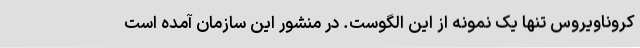
کروناویروس تنها یک نمونه از این الگوست. در منشور این سازمان آمده است